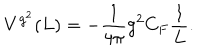
LaTeX: V ^ { g ^ { 2 } } ( L ) = - \frac { 1 } { { 4 \pi } } g ^ { 2 } C _ { F } \frac { 1 } { L } .